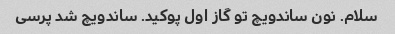
سلام. نون ساندویچ تو گاز اول پوکید. ساندویچ شد پرسی